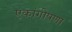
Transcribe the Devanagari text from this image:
एकांगीपणा